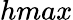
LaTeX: hmax